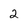
Character: 2